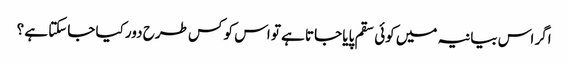
اگر اس بیانیہ میں کوئی سقم پایا جاتا ہے تو اس کو کس طرح دور کیا جاسکتا ہے ؟